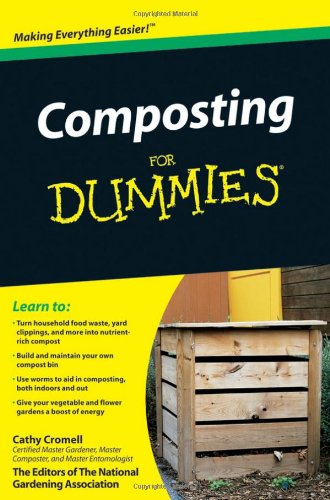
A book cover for Composting For Dummies; Cathy Cromell; Crafts, Hobbies & Home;